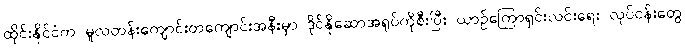
ထိုင်းနိုင်ငံက မူလတန်းကျောင်းတကျောင်းအနီးမှာ ဒိုင်နိုဆောအရုပ်ကိုစီးပြီး ယာဉ်ကြောရှင်းလင်းရေး လုပ်ငန်းတွေ